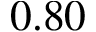
0 . 8 0